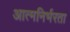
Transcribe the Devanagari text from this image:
आत्‍मनिर्भरता